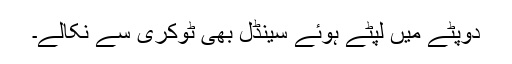
دوپٹے میں لپٹے ہوئے سینڈل بھی ٹوکری سے نکالے۔